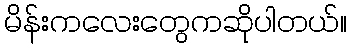
မိန်းကလေးတွေကဆိုပါတယ်။